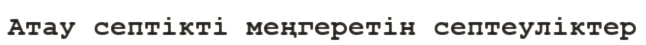
Атау септікті меңгеретін септеуліктер